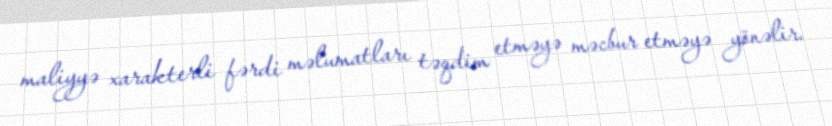
maliyyə xarakterli fərdi məlumatları təqdim etməyə məcbur etməyə yönəlir.